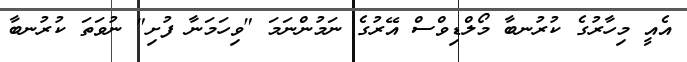
އެއީ މިހާރުގެ ކުރުނބާ މޯލްޑިވްސް އޭރުގެ ނަމުންނަމަ "ވިހަމަނާ ފުށި" ނުވަތަ ކުރުނބާ